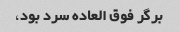
برگر فوق العاده سرد بود،